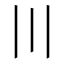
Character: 〣